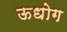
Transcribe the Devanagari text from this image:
ऊधोग